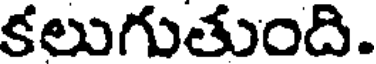
కలుగుతుంది.